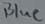
Text: Blue